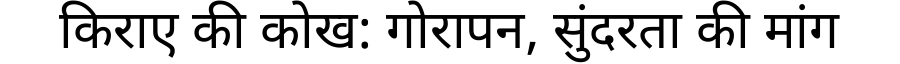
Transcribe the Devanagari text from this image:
किराए की कोख: गोरापन, सुंदरता की मांग